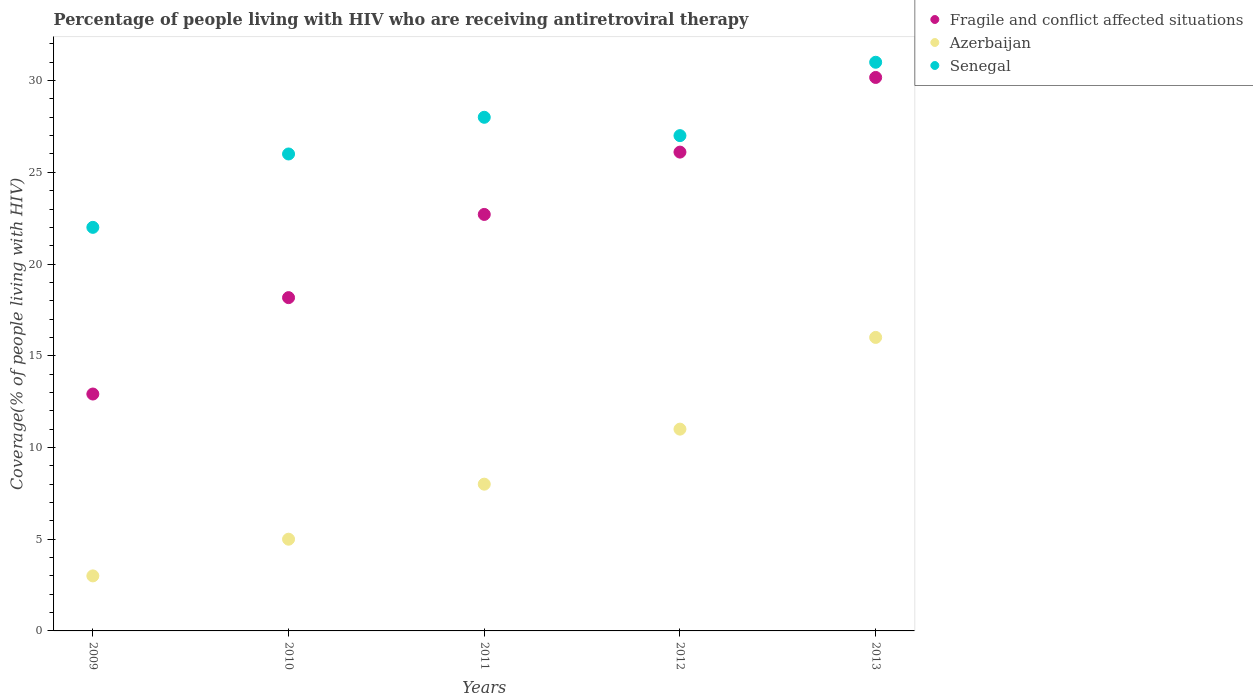
| Years | Fragile and conflict affected situations | Azerbaijan | Senegal |
 | --- | --- | --- | --- |
 | 2009 | 12.9 | 3 | 22 |
 | 2010 | 18.2 | 5 | 26 |
 | 2011 | 22.7 | 8 | 28 |
 | 2012 | 26.1 | 11 | 27 |
 | 2013 | 30.2 | 16 | 31 |